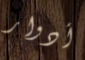
أدوار